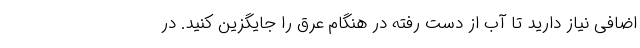
اضافی نیاز دارید تا آب از دست رفته در هنگام عرق را جایگزین کنید. در